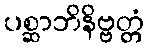
ပစ္ဆာဘိနိဗ္ဗတ္တံ